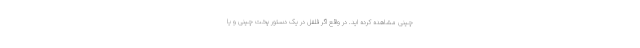
چینی مشاهده کرده اید. در واقع اگر فلفل در یک دستور پخت چینی و یا